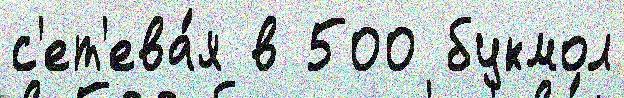
с'ет'ева́я в 500 букмол